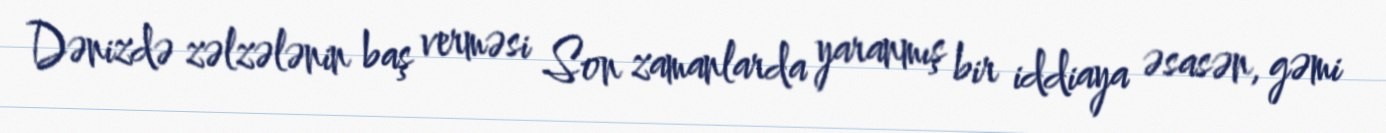
Dənizdə zəlzələnin baş verməsi Son zamanlarda yaranmış bir iddiaya əsasən, gəmi